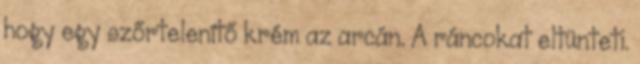
hogy egy szőrtelenítő krém az arcán. A ráncokat eltünteti.